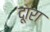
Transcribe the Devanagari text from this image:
दूारा